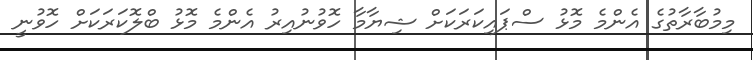
މިމުބާރާތުގެ އެންމެ މޮޅު ސްޕައިކަރަކަށް ޝިޔާމާ ހޮވުނުއިރު އެންމެ މޮޅު ބްލޮކަރަކަށް ހޮވުނީ